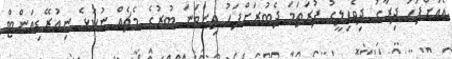
އެއަށްފަހު ދިރާގު ދިވެހިލީގު ފުރަތަމަ ދެބުރަށްފަހު ތިންވަނަ ބުރުގެ މެޗެއް ނުކުޅެ ނިއުރޭޑިއަންޓް